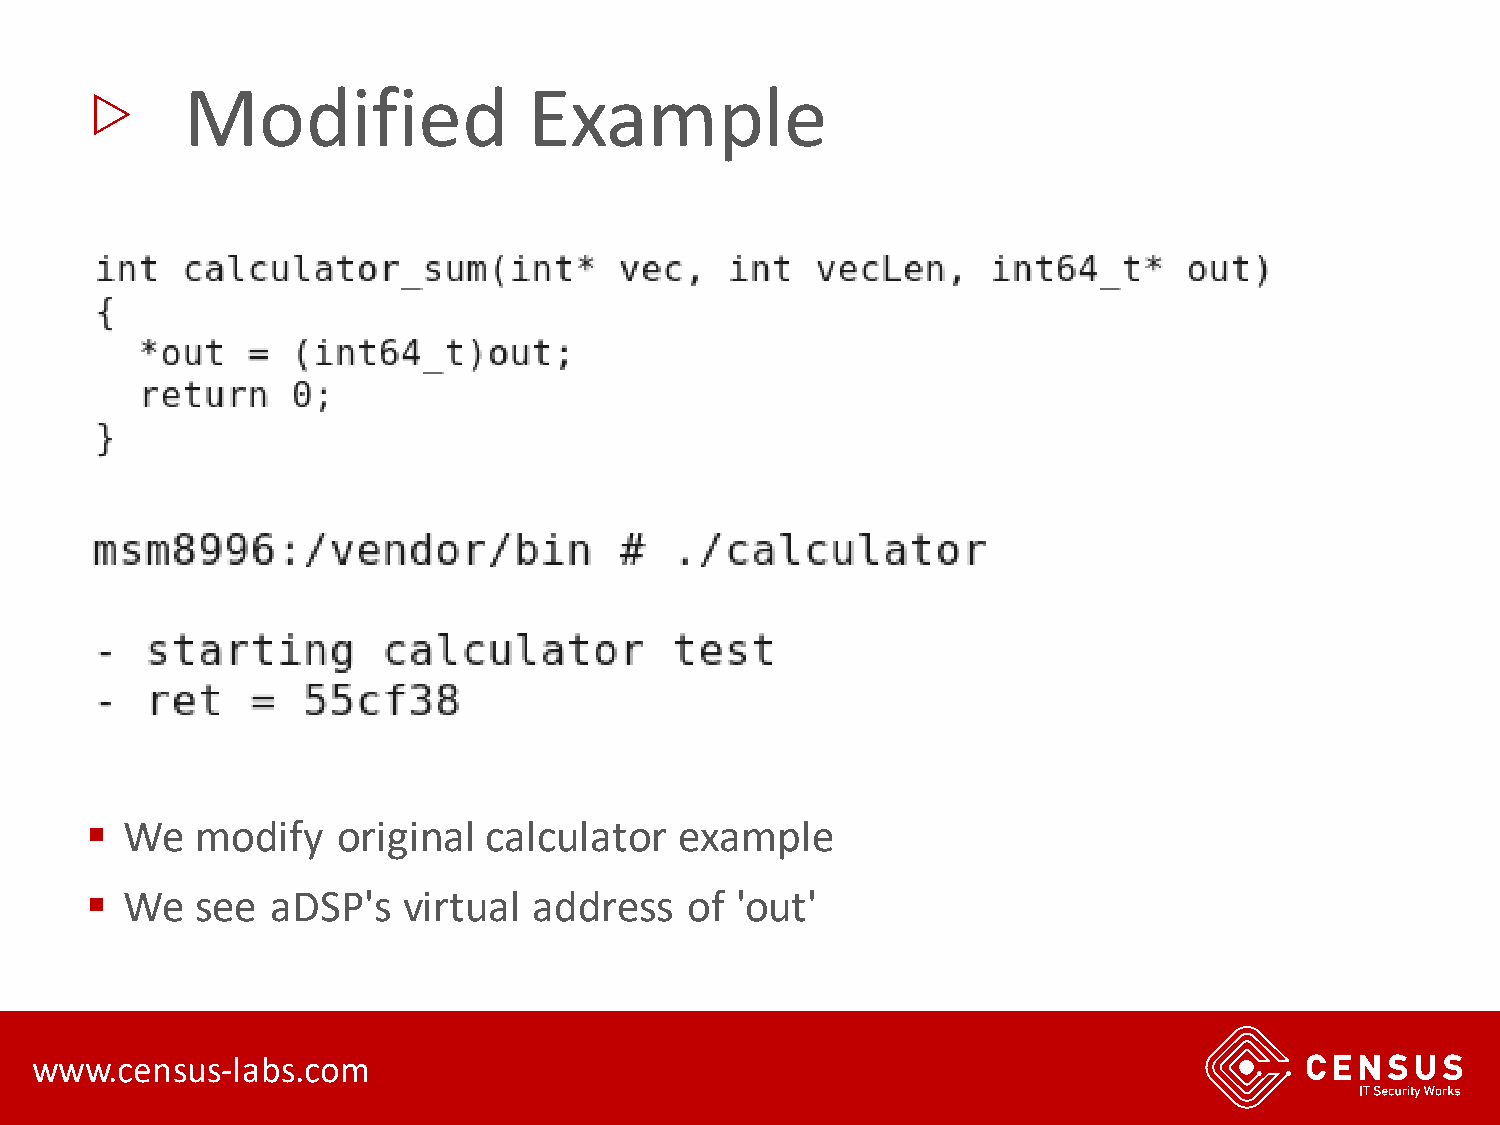
▷
 Modified               Example
 ▪ We   modify   original  calculator   example
 ▪ We   see  aDSP's   virtual address   of  'out'
 www.census-labs.com